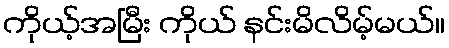
ကိုယ့်အမြီး ကိုယ် နင်းမိလိမ့်မယ်။